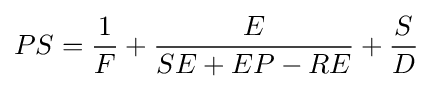
PS={\frac {1}{F}}+{\frac {E}{SE+EP-RE}}+{\frac {S}{D}}